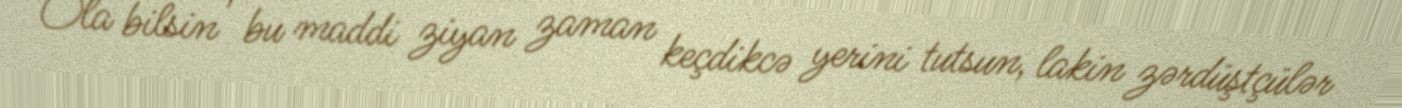
Ola bilsin , bu maddi ziyan zaman keçdikcə yerini tutsun, lakin zərdüştçülər